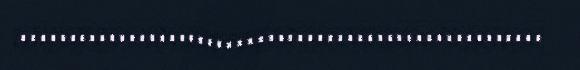
.....................................................